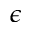
\epsilon